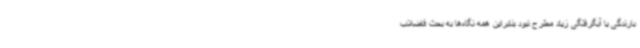
بارندگی یا آبگرفتگی زیاد مطرح نبود بنابراین همه نگاه‌ها به بحث فاضلاب